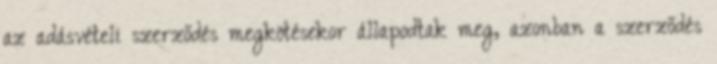
az adásvételi szerződés megkötésekor állapodtak meg, azonban a szerződés